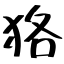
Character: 狢